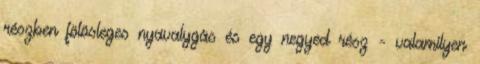
részben fölösleges nyavalygás és egy negyed rész - valamilyen